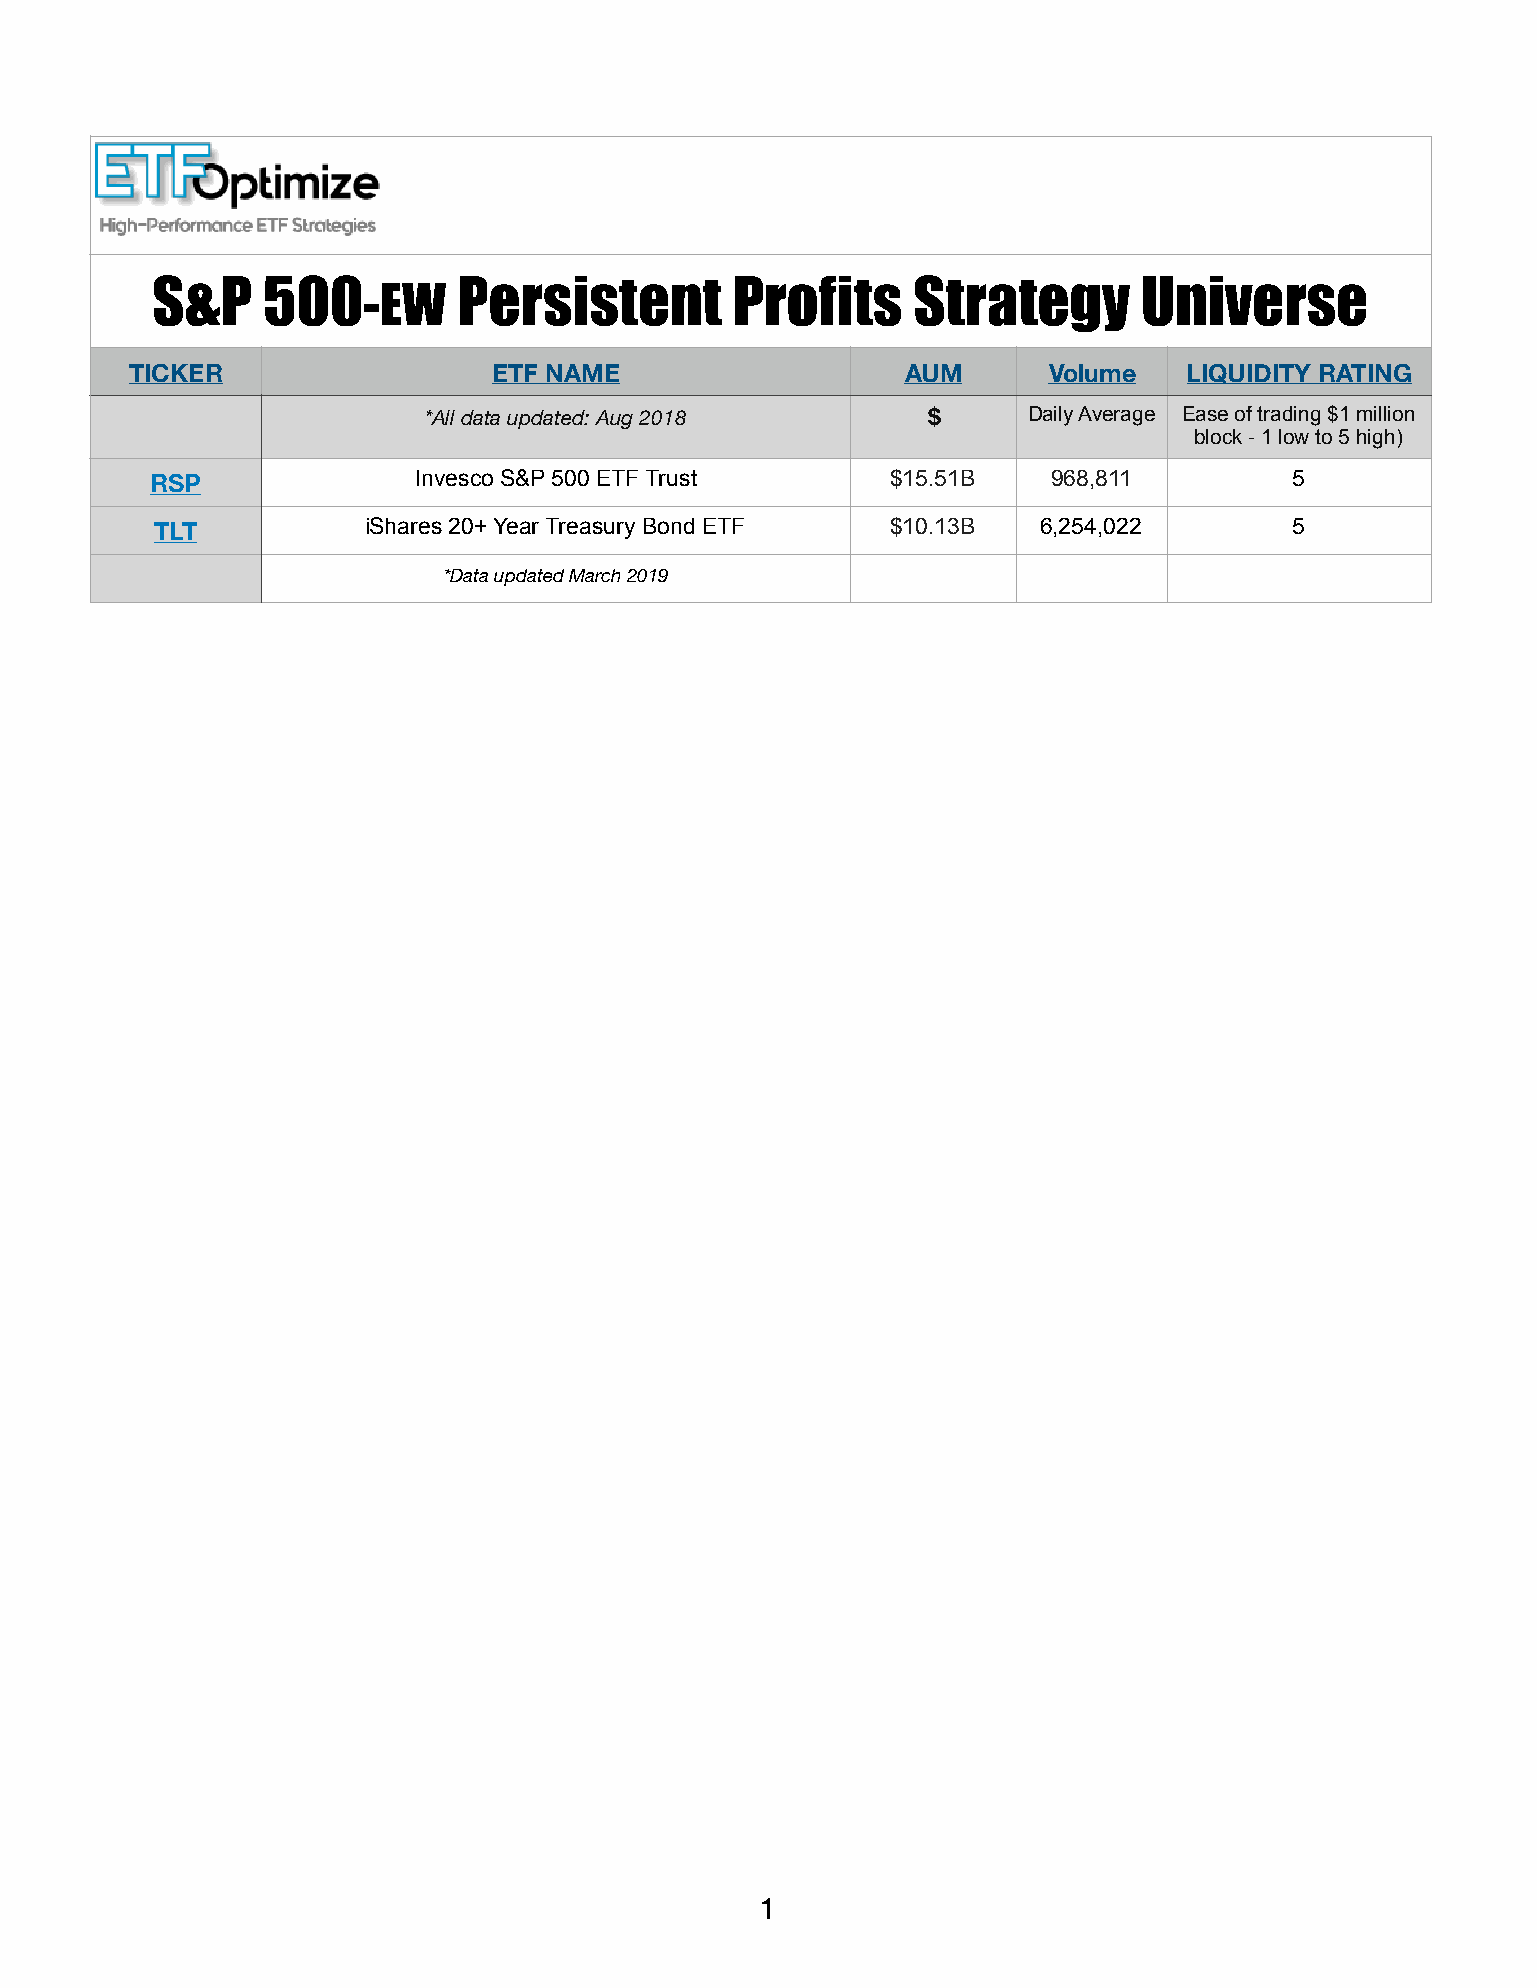
S&P    500          Persistent        Profits     Strategy       Universe
 -EW
 TICKER                  ETF NAME                   AUM      Volume   LIQUIDITY RATING
 *All data updated: Aug 2018      $      Daily Average Ease of trading $1 million
 block - 1 low to 5 high)
 RSP              Invesco S&P 500 ETF Trust       $15.51B    968,811         5
 TLT           iShares 20+ Year Treasury Bond ETF $10.13B   6,254,022        5
 *Data updated March 2019
 1